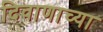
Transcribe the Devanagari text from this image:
दिवाणाच्या